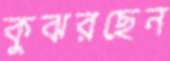
কুঝরছেন